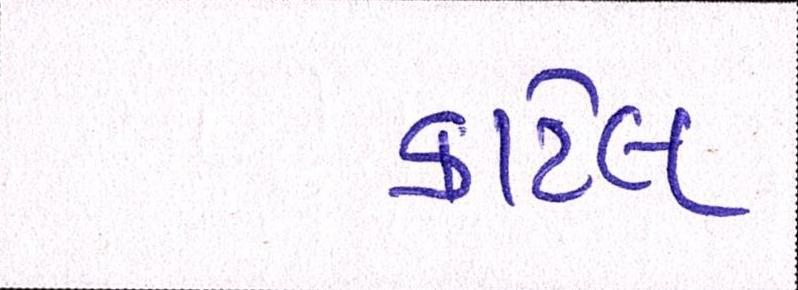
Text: કાર્ટેલ